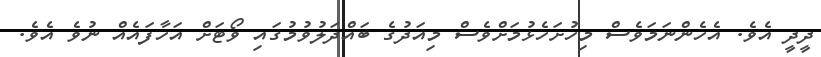
ދީދީ އެވެ. އެހެންނަމަވެސް މިހުށަހެޅުމަށްވެސް މިއަދުގެ ބައްދަލުވުމުގައި ވޯޓަށް އަހާފައެއް ނުވެ އެވެ.